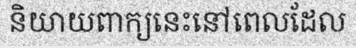
និយាយពាក្យនេះនៅពេលដែល